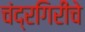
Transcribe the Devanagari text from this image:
चंद्रगिरींचे